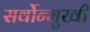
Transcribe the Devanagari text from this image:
सर्वोन्मुखी